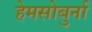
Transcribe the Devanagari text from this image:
हेमसोबुर्ना